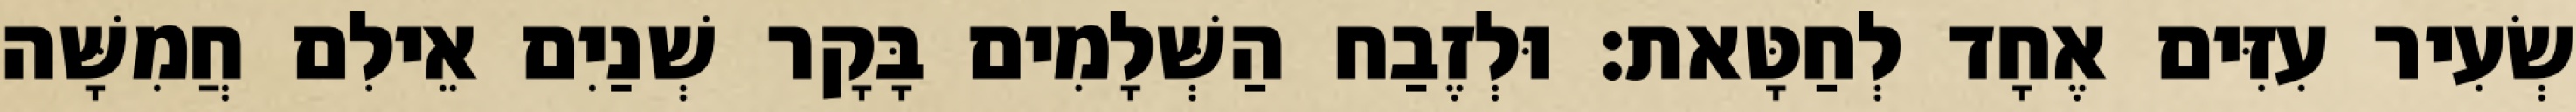
שְׂעִיר עִזִּים אֶחָד לְחַטָּאת׃ וּלְזֶבַח הַשְּׁלָמִים בָּקָר שְׁנַיִם אֵילִם חֲמִשָּׁה